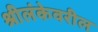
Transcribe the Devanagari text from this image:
श्रीलंकेवरील